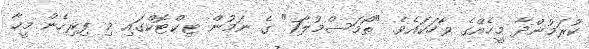
ކުރަމުންދާ މީހެއްގެ ވާހަކައެވެ. "ތޯމަސްމުލާ7" ގެ ނަމުން ޓިކްޓޮކްގައި މި ފިރިހެން މީހާ